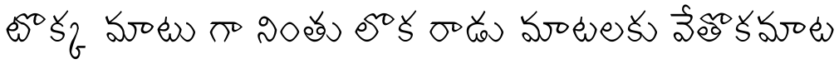
టొక్క మాటు గా నింతు లొక రాడు మాటలకు వేతొకమాట